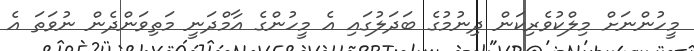
މީހުންނަށް މިލްކުވެރިކަން ދިނުމުގެ ބަދަލުގައި އެ މީހުންގެ އާމްދަނީ މަތިވަންދެން ނުވަތަ އެ